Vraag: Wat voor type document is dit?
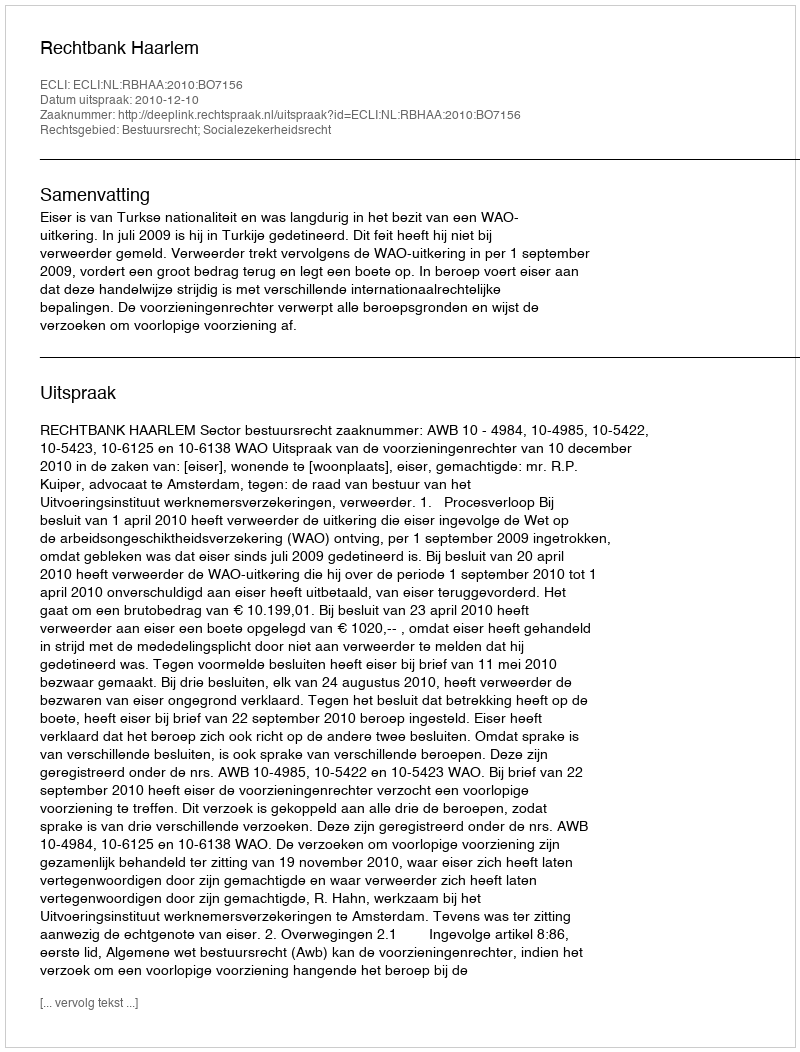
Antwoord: Uitspraak